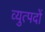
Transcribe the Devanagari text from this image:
व्युत्पदों